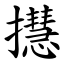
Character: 㩨